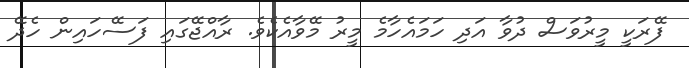
ފޭރަކީ މީރުވަސް ދުވާ އަދި ހަމައެހާމެ މީރު މޭވާއެކެވެ. ރާއްޖޭގައި ފަސޭހައިން ހެދޭ